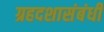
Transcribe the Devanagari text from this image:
ग्रहदशासंबंधी